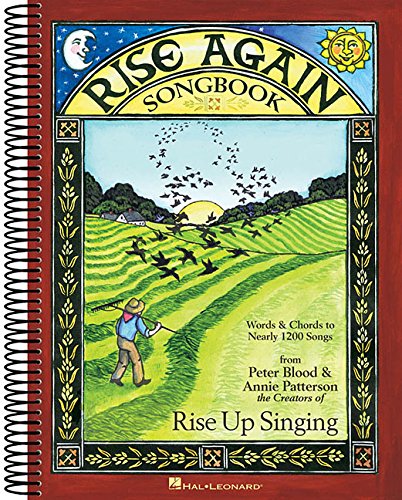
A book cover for Rise Again Songbook: Words & Chords to Nearly 1200 Songs 9x12 Spiral Bound; Humor & Entertainment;